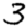
Digit: 3